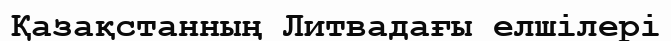
Қазақстанның Литвадағы елшілері